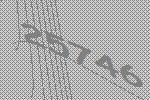
25746